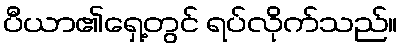
ပီယာ၏ရှေ့တွင် ရပ်လိုက်သည်။